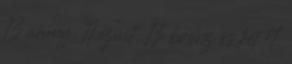
13 arany, 11 ezüst, 13 bronz és két 4.